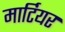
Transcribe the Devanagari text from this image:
मार्टियर